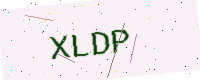
Text: XLDP